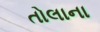
તોલાના